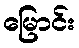
မြောင်း